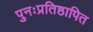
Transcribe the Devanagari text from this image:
पुनःप्रतिष्ठापित